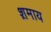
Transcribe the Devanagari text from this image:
श़माय